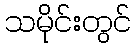
သမိုင်းတွင်